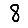
Digit: 8